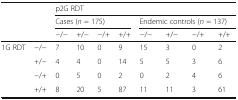
| <ROWSPAN=3-COLSPAN=2>  | <COLSPAN=8> p2G RDT |
 | <COLSPAN=4> Cases (n = 175) | <COLSPAN=4> Endemic controls (n = 137) |
 | −/− | +/− | −/+ | +/+ | −/− | +/− | −/+ | +/+ |
 | --- | --- | --- | --- | --- | --- | --- | --- | --- | --- |
 | <ROWSPAN=4> 1G RDT | −/− | 7 | 10 | 0 | 9 | 15 | 3 | 0 | 2 |
 | +/− | 4 | 4 | 0 | 14 | 5 | 5 | 3 | 6 |
 | −/+ | 0 | 5 | 0 | 2 | 0 | 2 | 4 | 6 |
 | +/+ | 8 | 20 | 5 | 87 | 11 | 11 | 3 | 61 |